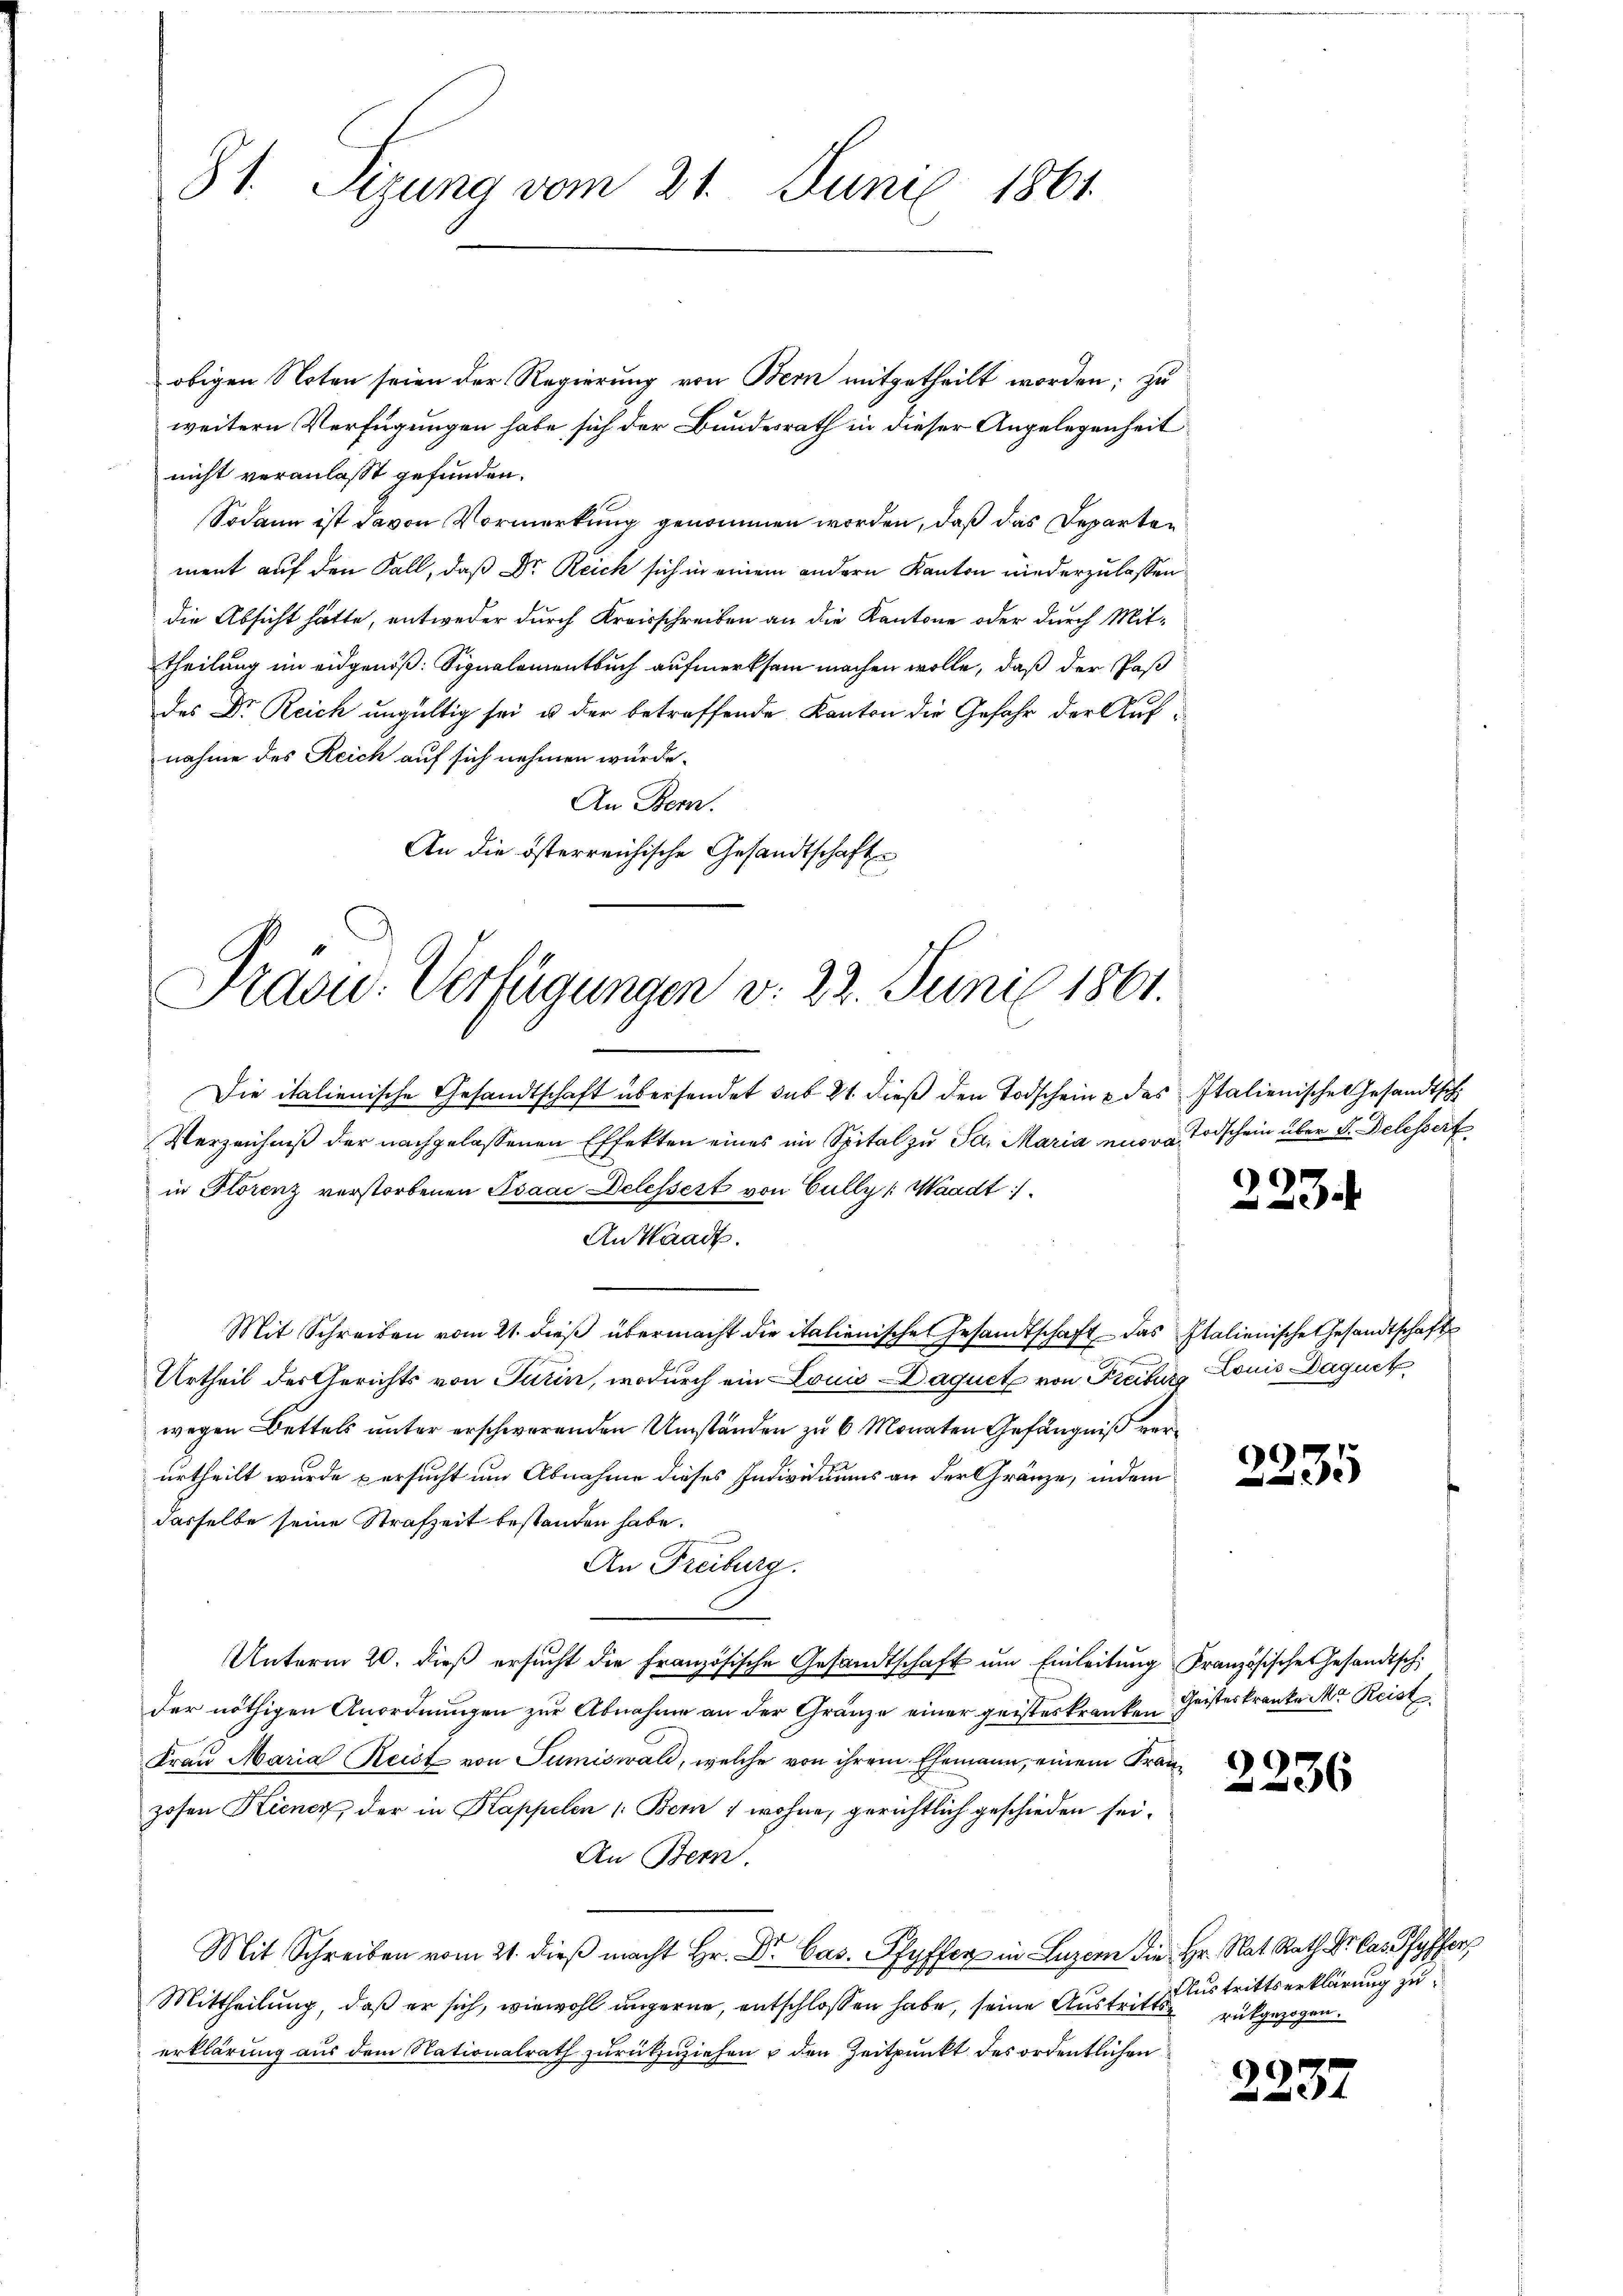
31. Sizung vom 21. Juni 1864.

obigen Noten seien der Regierung von Bern mitgetheilt worden; zu
weitern Verfügungen habe sich der Bundesrath in dieser Angelegenheit
nicht veranlaßt gefunden.
Sodann ist davon Vormerkung genommen worden, daß das Departen
ment auf den Fall, daß Dr. Reich sich in einem andern Kanton niederzulassen.
die Absicht hatte, entweder durch Kreisschreiben an die Kantone oder durch Mittheilung im eidgenöß: Signalementbuch aufmerksam machen wolle, daß der Pas
des Dr. Reich ungültig sei u der betreffende Kanton die Gefahr der Aufnahme des Reich auf sich nehmen würde.
An Bern.
An die österreichische Gesandtschaft

Praad: Verfügungen v. 22. Juni 1861.

Die italienische Gesandtschaft übersendet sub 21. dieß den Todschein & des Italienische Gesandtsch
Verzeichniß der nachgelassenen Effekten eines im Spital zu Sa. Maria nur Todschein über Dr. Delessert
in Florenz verstorbenen Isaac Delessest von Gully [Waadt
An Waadt.
Mit Schreiben vom 21. dieβ übermacht die italienische Gesandtschaft das Italienische Gesandtschafts
Urtheil der Gerichts von Turin, wodurch ein Louis Daquet von Freiburg Louis Daquet
wegen Bettels unter erschwerenden Umständen zu 6 Monaten Gefängniß verurtheilt wurde versucht um Abnahme dieses Individuums an der Gränze, indem
dasselbe seine Strafzeit bestanden habe.
An Freiburg.
Unterm 20. dieß ersucht die Französische Gesandtschaft um Einleitung Französisches Gesandtsch
der nöthigen Anordnungen zur Abnahme an der Gränze einer geisteskranken Geisteskranke M. Reist
Frau Maria Reist von Sumiswald, welche von ihrem Ehemann, einem Franzosen Kiener, der in Kappelen (: Bern 1 wohne, gerichtlich geschieden sei.
An Bern.
Mit Schreiben vom 21. dieβ macht Hr. Dr. Cas. Pfyffer in Luzern die Hr. Rat Rath Dr. Cas Pfyffer
Mittheilung, daß er sich, wiewohl ungerne, entschlossen habe, seine Austrittsrückgezogen.
erklärung aus dem Nationalrath zurückzuziehen u den Zeitpunkt des ordentlichen

223.

2235

2236

Austrittserklärung zu

2237